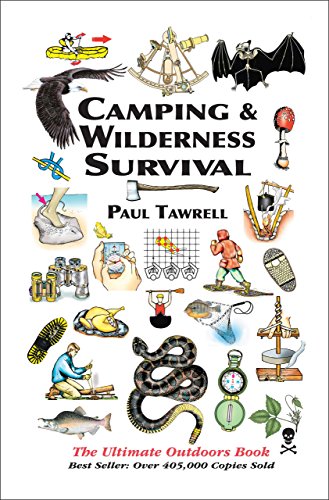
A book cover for Camping & Wilderness Survival: The Ultimate Outdoors Book; Paul Tawrell; Sports & Outdoors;